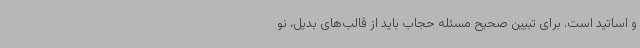
و اساتید است. برای تبیین صحیح مسئله حجاب باید از قالب‌های بدیل، نو